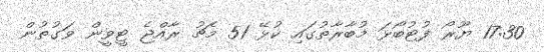
17:30 ޔޫރޯ ފުޓުބޯޅަ މުބާރާތުގައި ކުޅޭ 51 މެޗު ރާއްޖެ ޓީވީން ވަގުތުން